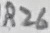
Text: R26